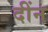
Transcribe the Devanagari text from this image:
दींन